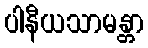
ပါနီယသာမန္တာ